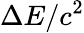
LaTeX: \Delta E/c^{2}